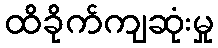
ထိခိုက်ကျဆုံးမှု